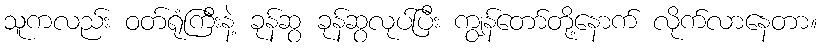
သူကလည်း ဝတ်ရုံကြီးနဲ့ ခုန်ဆွ ခုန်ဆွလုပ်ပြီး ကျွန်တော်တို့နောက် လိုက်လာနေတာ။